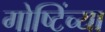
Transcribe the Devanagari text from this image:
गोष्टिंच्या